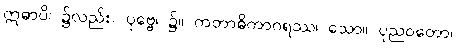
ဣဓာပိ၊ ၌လည်း။ ပုဗ္ဗေ၊ ၌။ ကတာဓိကာဂရဿ၊ သော။ ပုညဝတော၊